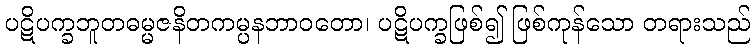
ပဋိပက္ခဘူတဓမ္မဇနိတကမ္ပနဘာဝတော၊ ပဋိပက္ခဖြစ်၍ ဖြစ်ကုန်သော တရားသည်